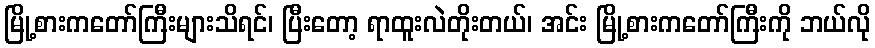
မြို့စားကတော်ကြီးများသိရင်၊ ပြီးတော့ ရာထူးလဲတိုးတယ်၊ အင်း မြို့စားကတော်ကြီးကို ဘယ်လို